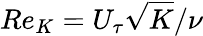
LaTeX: Re_{K}=U_{\tau}\sqrt{K}/\nu